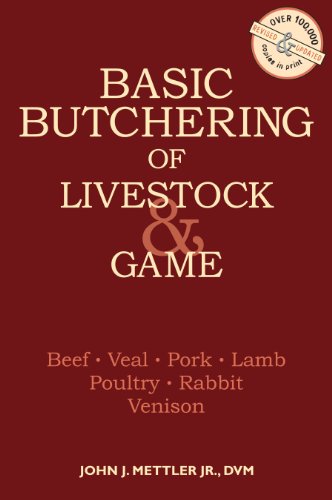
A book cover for Basic Butchering of Livestock & Game; John J. Mettler; Cookbooks, Food & Wine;